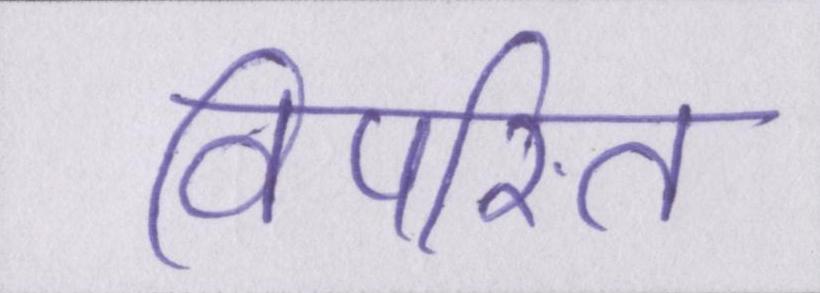
विपरित